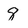
Character: 8